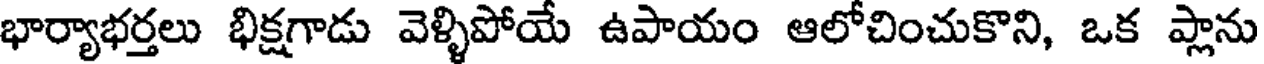
భార్యాభర్తలు భిక్షగాడు వెళ్ళిపోయే ఉపాయం ఆలోచించుకొని, ఒక ప్లాను